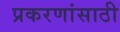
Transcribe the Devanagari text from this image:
प्रकरणांसाठी